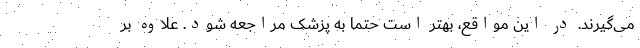
می‌گیرند. در این مواقع، بهتر است حتما به پزشک مراجعه شود. علاوه بر